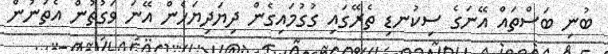
ބުނި ބަސްތައް އޭނަގެ ސިކުނޑި ތެރޭގައި ގުގުމައިގެން ދިޔަދިޔަހެން އޭނަ ވަގުތުން އެތަނުން